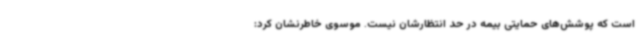
است که پوشش‌های حمایتی بیمه در حد انتظارشان نیست. موسوی خاطرنشان کرد: